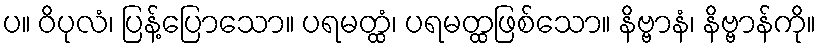
ပ။ ဝိပုလံ၊ ပြန့်ပြောသော။ ပရမတ္ထံ၊ ပရမတ္ထဖြစ်သော။ နိဗ္ဗာနံ၊ နိဗ္ဗာန်ကို။